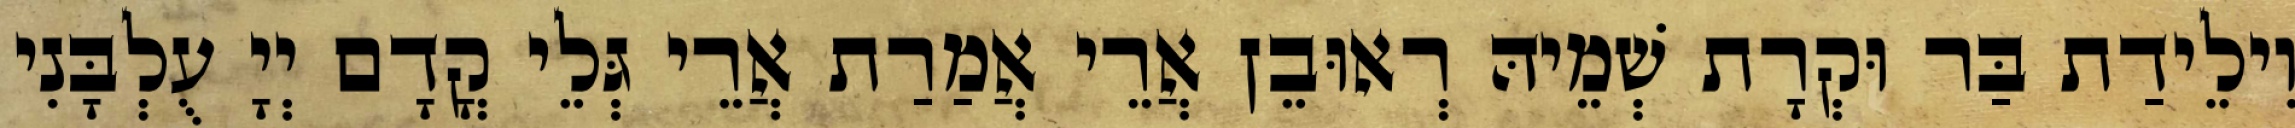
וִילֵידַת בַּר וּקְרָת שְׁמֵיהּ רְאוּבֵן אֲרֵי אֲמַרַת אֲרֵי גְּלֵי קֳדָם יְיָ עֻלְבָּנִי